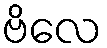
ဗိလေ